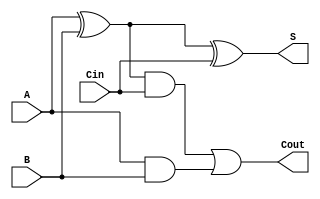
module ADDER1bit (
  input wire A, B, Cin,
  output wire S, Cout
);
  wire x1,x2,x3;
  
  assign x1 = A^B;
  assign S = x1^Cin;
  assign x2 = x1 & Cin;
  assign x3 = A & B;
  assign Cout = x2 | x3;
  
endmodule